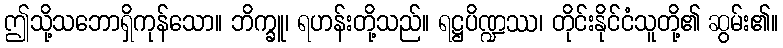
ဤသို့သဘောရှိကုန်သော။ ဘိက္ခူ၊ ရဟန်းတို့သည်။ ရဋ္ဌပိဏ္ဍဿ၊ တိုင်းနိုင်ငံသူတို့၏ ဆွမ်း၏။